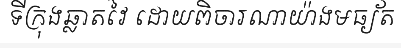
ទីក្រុងឆ្លាតវៃ ដោយពិចារណាយ៉ាងមធ្យ័ត